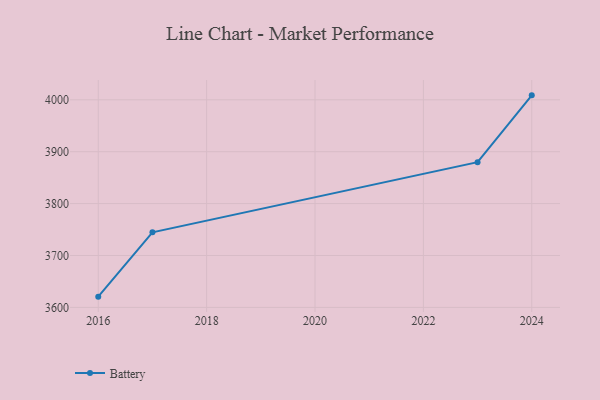
{"axis": {"x": "Year", "y": "Active Users"}, "legend": ["Battery"], "data": [{"x": "2016", "y": 3620.7, "type": "Battery"}, {"x": "2017", "y": 3744.6, "type": "Battery"}, {"x": "2023", "y": 3879.8, "type": "Battery"}, {"x": "2024", "y": 4008.6, "type": "Battery"}]}